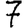
Digit: 7